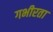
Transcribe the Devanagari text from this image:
गभीरता